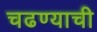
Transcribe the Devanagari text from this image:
चढण्याची